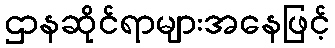
ဌာနဆိုင်ရာများအနေဖြင့်